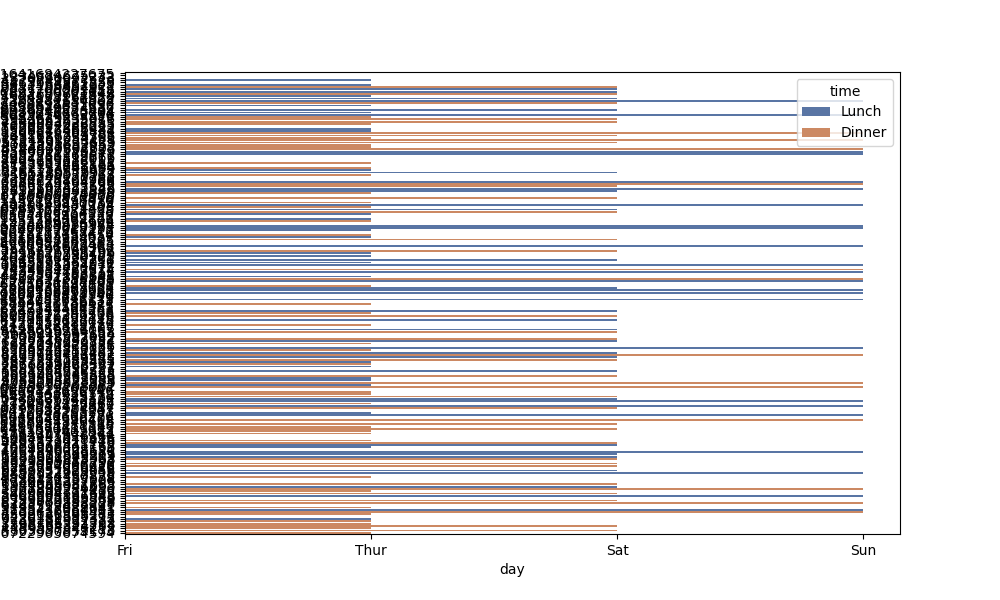
python, seaborn, barplot, hue='time', palette='deep', ci=95, orient='h'